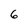
Character: 6